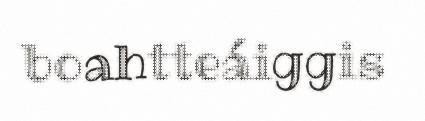
boahtteáiggis